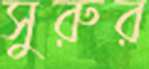
সুরুর